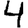
Digit: 4